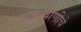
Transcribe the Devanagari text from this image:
प्रजावाणीचे